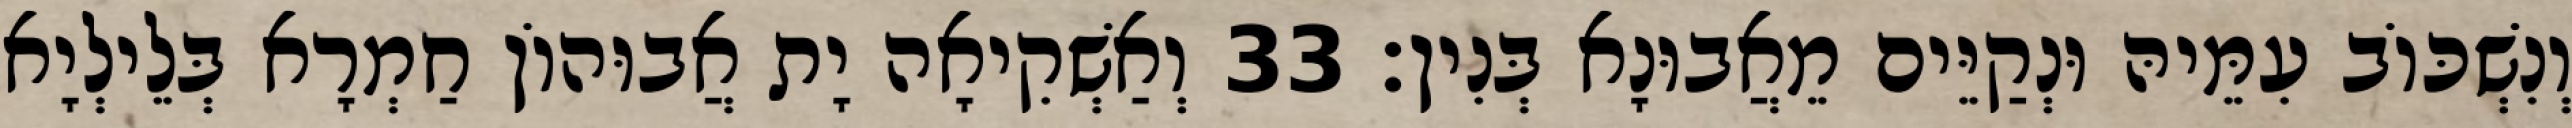
וְנִשְׁכּוֹב עִמֵּיהּ וּנְקַיֵּים מֵאֲבוּנָא בְּנִין׃ 33 וְאַשְׁקִיאָה יָת אֲבוּהוֹן חַמְרָא בְּלֵילְיָא